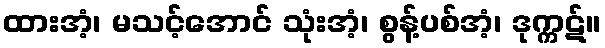
ထားအံ့၊ မသင့်အောင် သုံးအံ့၊ စွန့်ပစ်အံ့၊ ဒုက္ကဋ်။